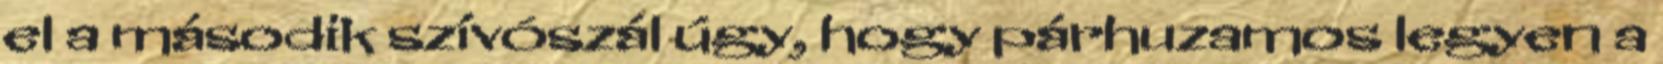
el a második szívószál úgy, hogy párhuzamos legyen a